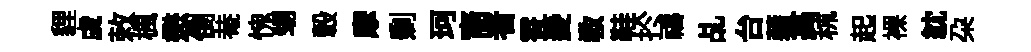
貍虞敕楓懋倒𤲅愧甥轂摩剰珂裔者霄菱敎鞋扵禱乩台藉翕秫起裸紞朶